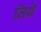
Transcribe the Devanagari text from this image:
जिथॆ